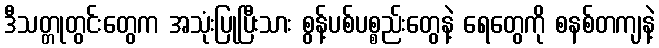
ဒီသတ္တုတွင်းတွေက အသုံးပြုပြီးသား စွန့်ပစ်ပစ္စည်းတွေနဲ့ ရေတွေကို စနစ်တကျနဲ့